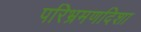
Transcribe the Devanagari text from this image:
परिभ्रमणदिशा